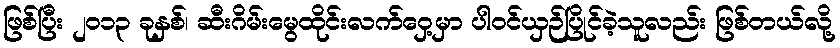
ဖြစ်ပြီး ၂၀၁၃ ခုနှစ်၊ ဆီးဂိမ်းမွေထိုင်းလက်ဝှေ့မှာ ပါဝင်ယှဉ်ပြိုင်ခဲ့သူလည်း ဖြစ်တယ်လို့